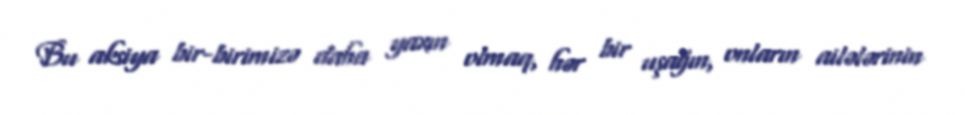
Bu aksiya bir-birimizə daha yaxın olmaq, hər bir uşağın, onların ailələrinin